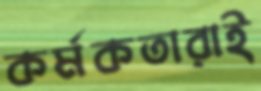
কর্মকতারাই